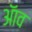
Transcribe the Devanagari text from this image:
ॲाव